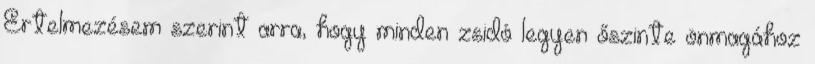
Értelmezésem szerint arra, hogy minden zsidó legyen őszinte önmagához